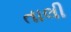
તાલી